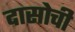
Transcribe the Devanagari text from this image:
दासोची